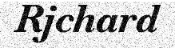
Rjchard